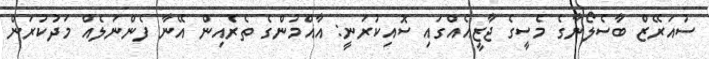
ސުއަރޭޒް ބާސެލޯނާގެ މެސީގެ ޖާޒީއެއްގައި ސޮއިކުރަނީ: އާއްމުންގެ ތެރެއިން އޭނާ ފެންނަލެއް މަދުކުރަން